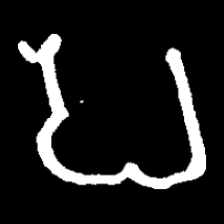
Pyu character \u2014 Myanmar letter: ပ (romanized: pa)